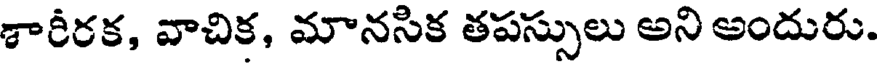
శారీరక, వాచిక, మానసిక తపస్సులు అని అందురు.